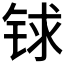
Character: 𨱇